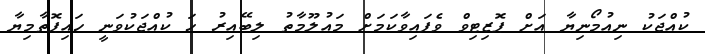
ކުއްޖަކު ނިއުމޯނިޔާ އަށް ޕޮޒިޓިވް ވެފައިވާކަމަށް މައުލޫމާތު ލިބޭއިރު ހަ ކުއްޖަކުވަނީ ހައިޕޮތާމިޔާ